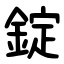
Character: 錠